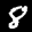
Label: 8